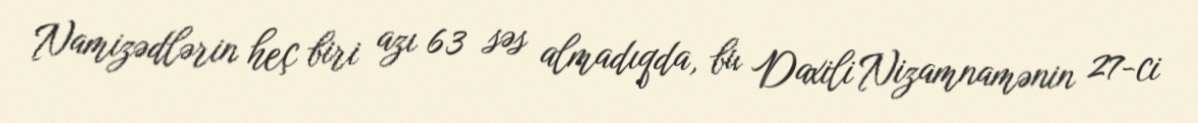
Namizədlərin heç biri azı 63 səs almadıqda, bu Daxili Nizamnamənin 27-ci